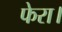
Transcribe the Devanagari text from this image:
फेरा।